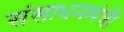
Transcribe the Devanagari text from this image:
संसाधनमंत्री